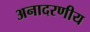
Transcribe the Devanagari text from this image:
अनादरणीय